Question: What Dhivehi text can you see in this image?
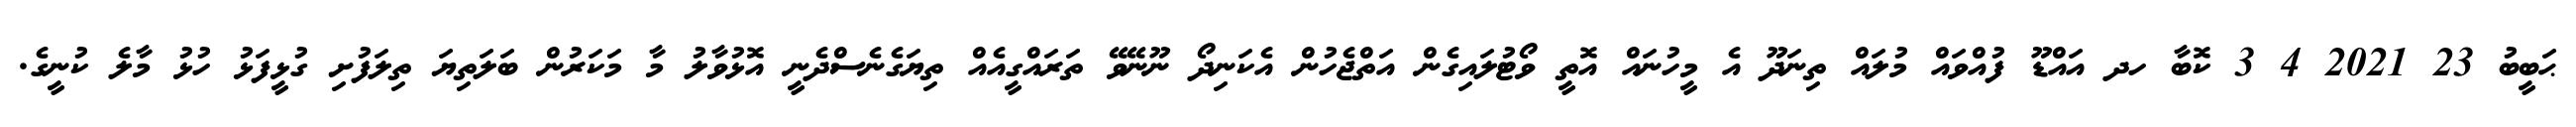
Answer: ޙަބީބު 23 2021 4 3 ކޮބާ ހދ އައްޑޫ ފުއްވައް މުލައް ތިނަދޫ އެ މީހުނައް އޮތީ ވޯޓުލައިގެން އަތްޖެހުން އެކަނިދޯ ނޫނޭވޭ ތަރައްގީއެއް ތިޔަގެނެސްދެނީ އޮޅުވާލު މާ މަކަރުން ބަލަތިޔަ ތިލަފުށި ގުޅީފަޅު ހުޅު މާލެ ކުނީގެ.